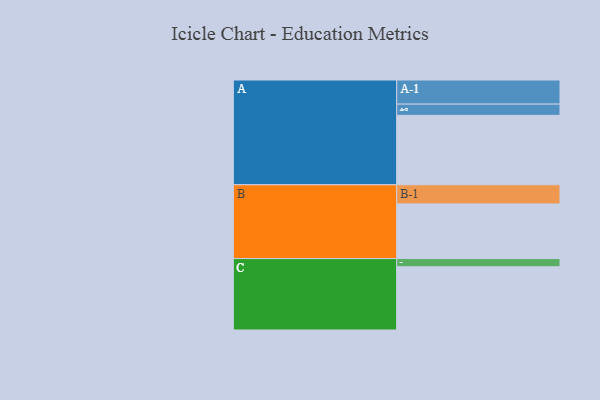
{"axis": {"x": "Segment", "y": "Value"}, "legend": ["", "A", "B", "C"], "data": [{"x": "A", "y": 518, "type": ""}, {"x": "B", "y": 408, "type": ""}, {"x": "C", "y": 472, "type": ""}, {"x": "A-1", "y": 180, "type": "A"}, {"x": "A-2", "y": 84, "type": "A"}, {"x": "B-1", "y": 143, "type": "B"}, {"x": "C-1", "y": 61, "type": "C"}]}